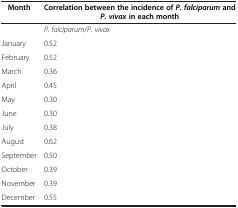
<table><thead><tr><td><b>Month</b></td><td><b>Correlation between the incidence of <i>P. falciparum</i> and <i>P. vivax</i> in each month</b></td></tr></thead><tbody><tr><td> </td><td><i>P. falciparum</i>/<i>P. vivax</i></td></tr><tr><td>January</td><td>0.52</td></tr><tr><td>February</td><td>0.52</td></tr><tr><td>March</td><td>0.36</td></tr><tr><td>April</td><td>0.45</td></tr><tr><td>May</td><td>0.30</td></tr><tr><td>June</td><td>0.30</td></tr><tr><td>July</td><td>0.38</td></tr><tr><td>August</td><td>0.62</td></tr><tr><td>September</td><td>0.50</td></tr><tr><td>October</td><td>0.39</td></tr><tr><td>November</td><td>0.39</td></tr><tr><td>December</td><td>0.55</td></tr></tbody></table>